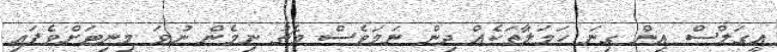
އީގަލްސް އިން ގިނަ ހަމަލާތަކެއް ދިން ނަމަވެސް މެޗު ނިމެން ނުވަ މިނިޓަށްވެފައި